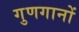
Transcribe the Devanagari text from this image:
गुणगानों